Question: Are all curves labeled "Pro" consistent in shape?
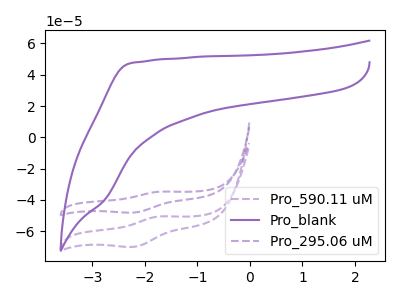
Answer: <think>The purple dashed curve "Pro_590.11 uM" has an anodic peak at (-1.70V, -50.50uA) and a cathodic peak at (-2.25V, -70.00uA). The purple curve "Pro_blank" has no peaks. The purple dashed curve "Pro_295.06 uM" has an anodic peak at (-1.70V, -34.65uA) and a cathodic peak at (-2.25V, -48.05uA).
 "Pro_590.11 uM" and "Pro_blank" have a different number of peaks. All the peaks in "Pro_590.11 uM" have a peak in "Pro_295.06 uM" at the same potential. "Pro_blank" and "Pro_295.06 uM" have a different number of peaks.</think>
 <answer>All the CV's of "Pro" have similar shape.</answer>
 <eval>follow_rule</eval>